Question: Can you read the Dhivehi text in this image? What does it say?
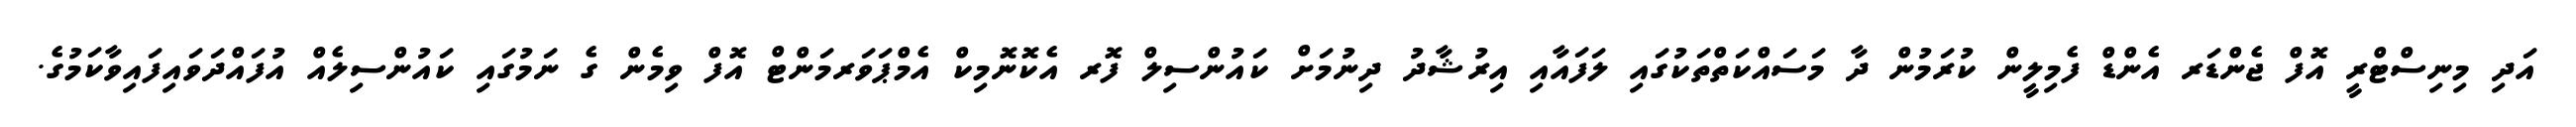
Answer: އަދި މިނިސްޓްރީ އޮފް ޖެންޑަރ އެންޑް ފެމިލީން ކުރަމުން ދާ މަސައްކަތްތަކުގައި ލަފައާއި އިރުޝާދު ދިނުމަށް ކައުންސިލް ފޮރ އެކޮނޮމިކް އެމްޕަވަރމަންޓް އޮފް ވިމެން ގެ ނަމުގައި ކައުންސިލެއް އުފައްދަވައިފައިވާކަމުގެ.